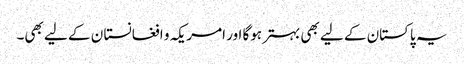
یہ پاکستان کے لیے بھی بہترہوگا اور امریکہ و افغانستا ن کے لیے بھی۔